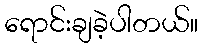
ရောင်းချခဲ့ပါတယ်။